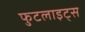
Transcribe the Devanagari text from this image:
फुटलाइट्स